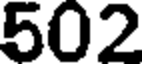
502